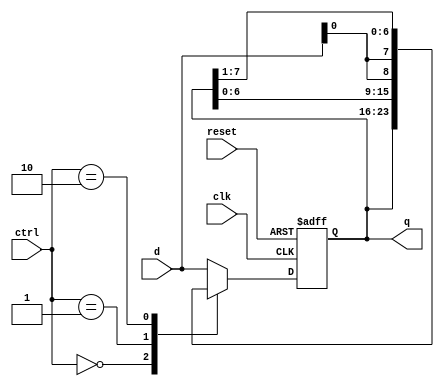
`timescale 1ns / 1ps
//////////////////////////////////////////////////////////////////////////////////
// Company: 
// Engineer: 
// 
// Design Name: 
// Module Name:    Universal_Shift_Register 
// Project Name: 
// Target Devices: 
// Tool versions: 
// Description: 
// Registro universal de desplazamiento cuyas funciones son: hold,shift_left,
//	shift_right y load.
// Dependencies: 
//
// Revision: 
// Revision 0.01 - File Created
// Additional Comments: 
//
//////////////////////////////////////////////////////////////////////////////////
module Universal_Shift_Register
	#(parameter N = 8) //Definicin de los parmetros, N = # de bits
	(
		input wire clk, //system clock
		input wire reset, //system reset
		input wire [N-1:0] d, //Load data
		input wire [1:0] ctrl, //Control data
		output wire [N-1:0] q //Output data
    );
//Signal Declaration
reg [N-1:0] current_state, next_state;
//body

//Combinacional
always@(posedge clk, posedge reset)
	if(reset)
		current_state <= 2'b00; //Valor inicial
	else
		current_state <= next_state; //asignacin de la generacin de los estados sig.

//Secuencial
always@*
	case(ctrl)
		2'b00: next_state = current_state; //hold
	//Mantiene el estado actual
		
		2'b01: next_state = {current_state[N-2:0],d[0]}; //shift left
	//Introduce el valor LSB de 'd' como el nuevo LSB para el estado siguiente
		
		2'b10: next_state = {d[0],current_state[N-1:1]}; //shift right
	//Introduce el valor LSB de 'd' como el nuevo MSB para el estado siguiente	
		
		default: next_state = d; //load
	//Copia el valor de 'd' como el nuevo estado siguiente
	endcase

//Asigna el valor de 'q'
assign q = current_state; 
//Se realiza por medio del assign porque se defini la variable 'q' como wire
endmodule


/*
	Operadores:
	{a1,a2,...,an} 		--> Concatenacin
	{n{a}}					--> Replicacin; se repite 'a', 'n' veces
	(condicin)? a : b 	--> Condicional; si la condicin es cierta, 
									 el resultado es a, en caso contrario b
	4'b0101 = 4'h5 = 4'd5;
	4'b1010 = 4'hc = 4'd12;
	1=32'd1; 0=32'b0
	
	Ej1:	
	wire [3:0] A;
	wire [7:0] B;
	assign B = { {4{A[3]}} ,A};
	Si A = 0101, B = 0000 0101
	Si A = 1101, B = 1111 1101
	
	Ej2: 
	reg [3:0] A,B;
	always@*
		B = (A != 4'b1111) ? A+1'b1 : 4'b0;
	Si A = 4'b1010, B = 4'b1011
	Si A = 4'b1111, B = 4'b0000 = 4'd0 = 4'h0;
*/